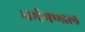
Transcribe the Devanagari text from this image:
धर्ममण्डल